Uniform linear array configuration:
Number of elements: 64
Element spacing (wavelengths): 0.75
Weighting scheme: uniform
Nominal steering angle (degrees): -30
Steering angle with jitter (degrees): -30.541
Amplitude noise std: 0.05
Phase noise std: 0.05

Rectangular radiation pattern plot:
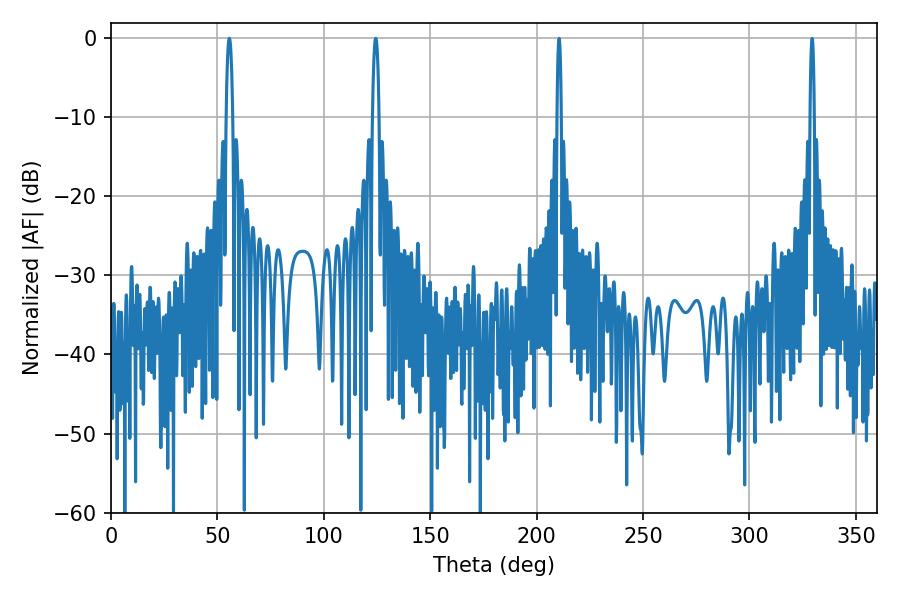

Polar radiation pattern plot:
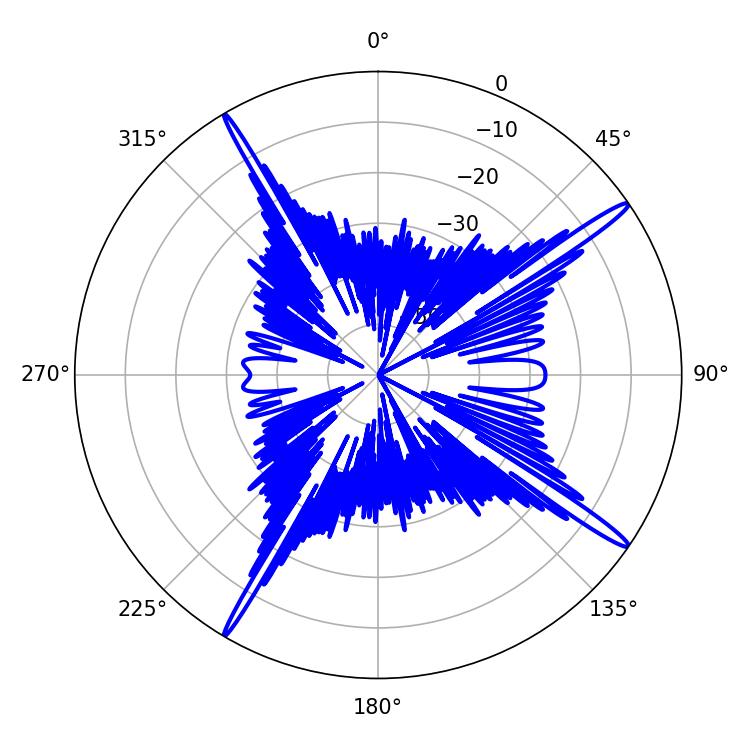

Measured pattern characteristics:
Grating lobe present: TRUE
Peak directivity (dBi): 17.423
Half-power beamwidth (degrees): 1.8
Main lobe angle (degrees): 55.62